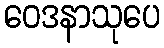
ဝေဒနာသုပေ